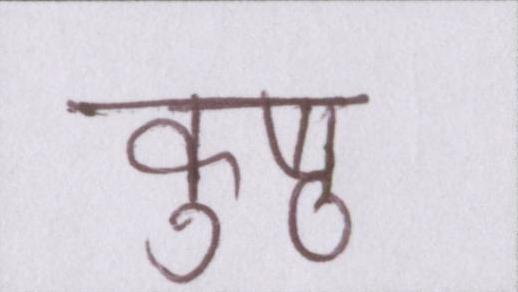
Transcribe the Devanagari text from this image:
कुष्ठ